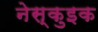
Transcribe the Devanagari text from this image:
नेस्कुइक